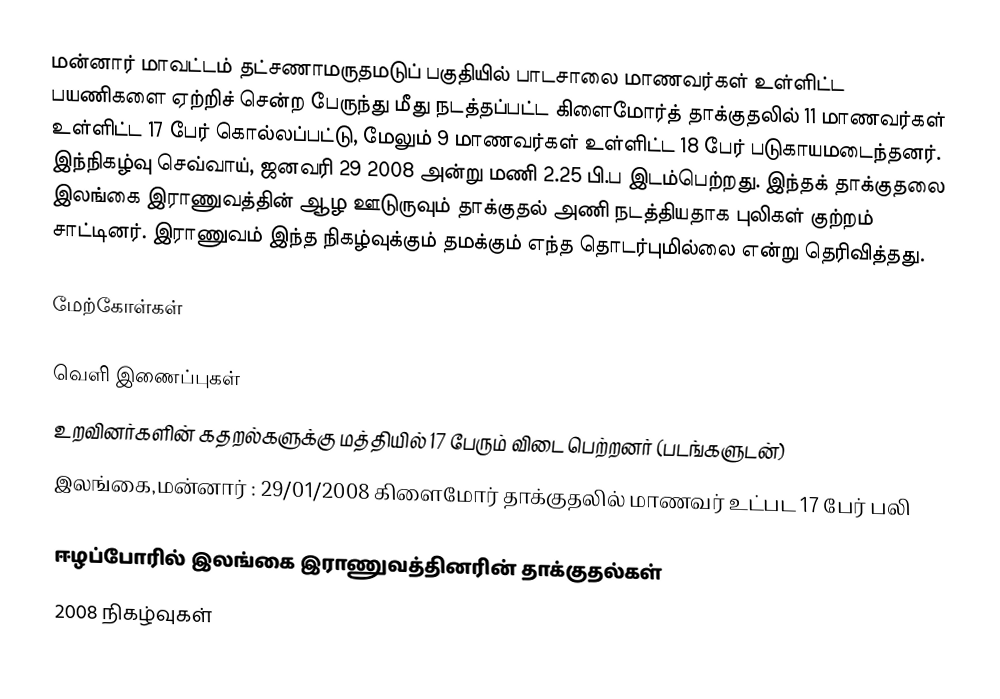
மன்னார் மாவட்டம் தட்சணாமருதமடுப் பகுதியில் பாடசாலை மாணவர்கள் உள்ளிட்ட பயணிகளை ஏற்றிச் சென்ற பேருந்து  மீது நடத்தப்பட்ட கிளைமோர்த் தாக்குதலில் 11 மாணவர்கள் உள்ளிட்ட 17 பேர் கொல்லப்பட்டு, மேலும் 9 மாணவர்கள் உள்ளிட்ட 18 பேர் படுகாயமடைந்தனர்.  இந்நிகழ்வு செவ்வாய், ஜனவரி 29 2008 அன்று மணி 2.25 பி.ப இடம்பெற்றது.  இந்தக் தாக்குதலை இலங்கை இராணுவத்தின் ஆழ ஊடுருவும் தாக்குதல் அணி நடத்தியதாக புலிகள் குற்றம் சாட்டினர். இராணுவம் இந்த நிகழ்வுக்கும் தமக்கும் எந்த தொடர்புமில்லை என்று தெரிவித்தது.

மேற்கோள்கள்

வெளி இணைப்புகள்
 உறவினர்களின் கதறல்களுக்கு மத்தியில் 17 பேரும் விடை பெற்றனர் (படங்களுடன்)
 இலங்கை,மன்னார் : 29/01/2008 கிளைமோர் தாக்குதலில் மாணவர் உட்பட 17 பேர் பலி

ஈழப்போரில் இலங்கை இராணுவத்தினரின் தாக்குதல்கள்
2008 நிகழ்வுகள்